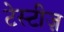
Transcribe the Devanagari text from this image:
टेस्टीज़